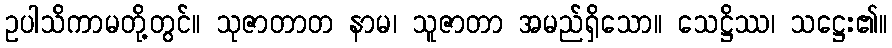
ဥပါသိကာမတို့တွင်။ သုဇာတာတ နာမ၊ သူဇာတာ အမည်ရှိသော။ သေဋ္ဌိဿ၊ သဋ္ဌေး၏။